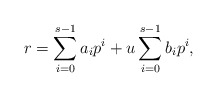
\begin{align*}r=\sum_{i=0}^{s-1}a_ip^i+u\sum_{i=0}^{s-1}b_ip^i,\end{align*}